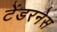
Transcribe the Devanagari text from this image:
टेंडरनेस